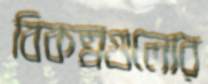
বিকল্পগুলোর